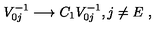
V _ { 0 j } ^ { - 1 } \longrightarrow C _ { 1 } V _ { 0 j } ^ { - 1 } , j \neq E \ ,